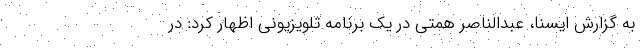
به گزارش ایسنا، عبدالناصر همتی در یک برنامه تلویزیونی اظهار کرد: در